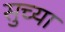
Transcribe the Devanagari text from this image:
सुच्या